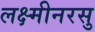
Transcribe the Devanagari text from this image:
लक्ष्मीनरसु